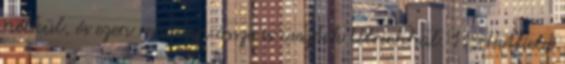
nélkül, és ezen rendesen össze is vesztek Ulrichhal. 11 Hetfield